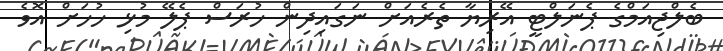
ބެލްޖިއަމްގެ ޕެނަލްޓީ އޭރިޔާ ތެރެއަަށް ނަގައިދިން ހުރަސް ޕެލޭ މުޅި ހުހަށް އޮވެ